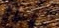
الشهداء